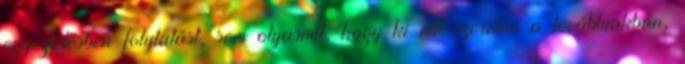
egyeztetésben folytatást, sem olyasmit, hogy ki-mit szeretne a továbbiakban,